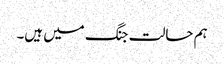
ہم حالت جنگ میں ہیں۔